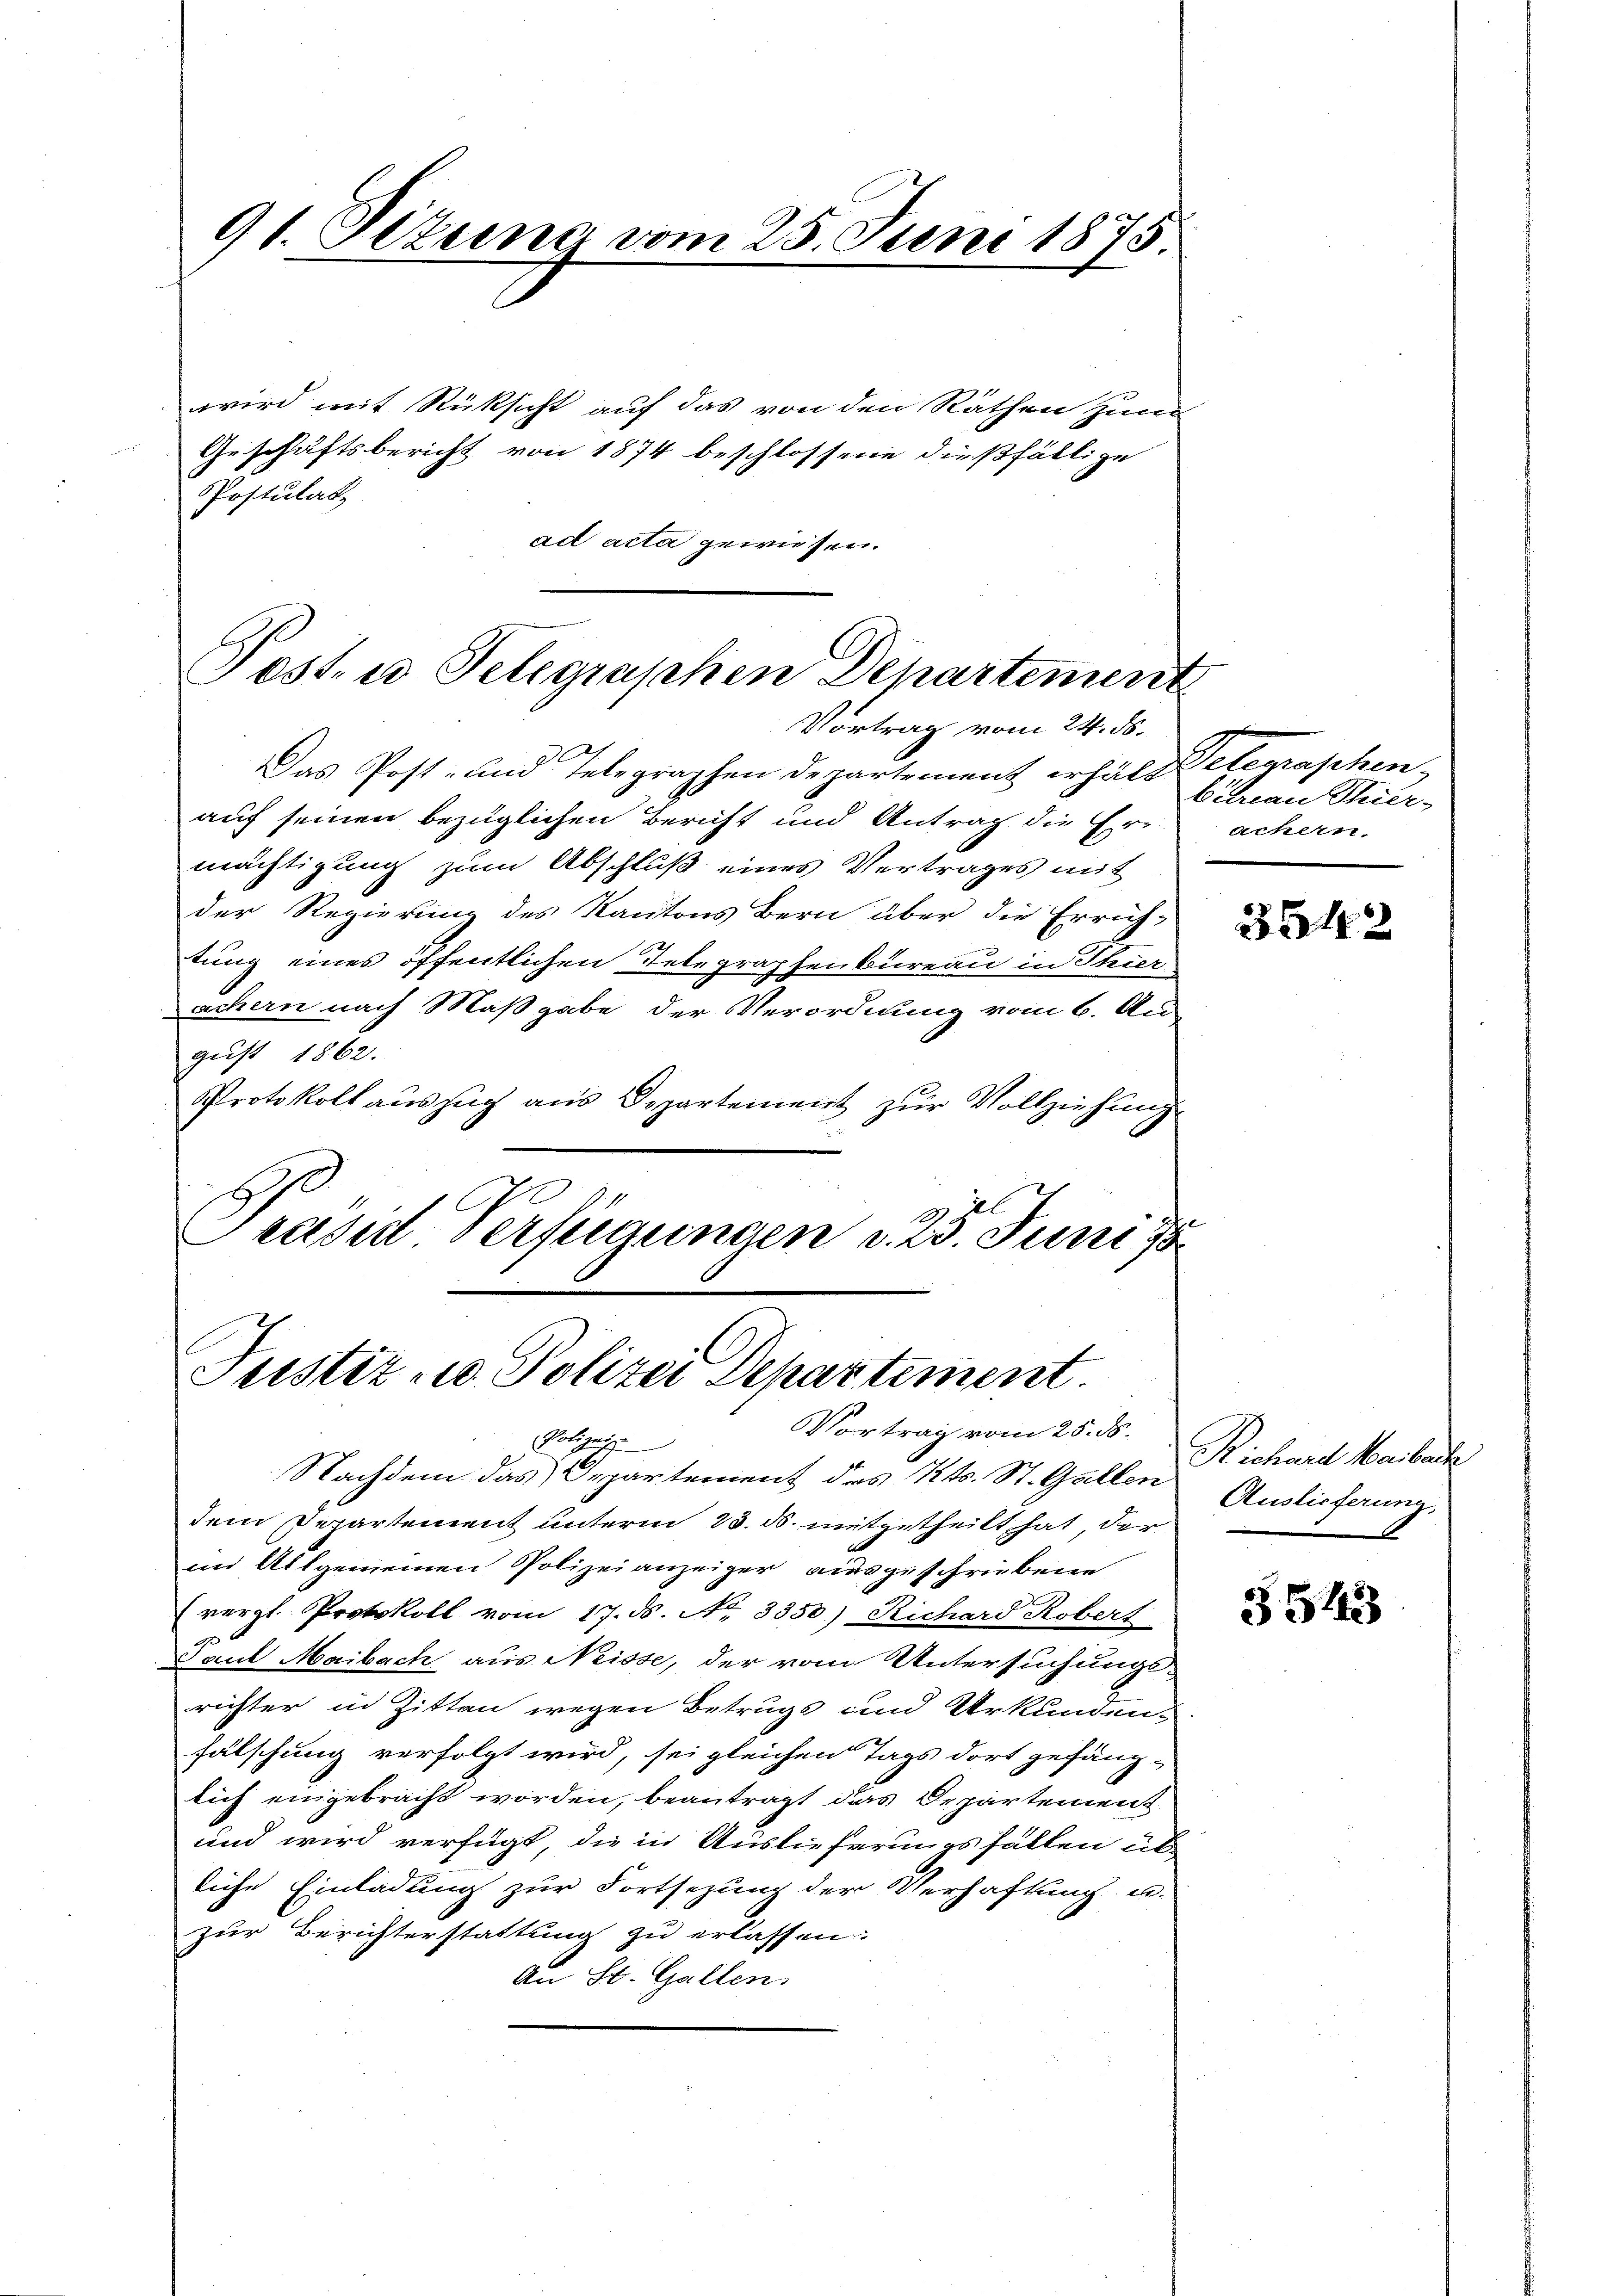
91. Setung vom 25. Juni 1875

wird mit Rüksicht auf das von den Räthen zum
Geschäftsbericht von 1874 beschlossene dießfällige
Postulat
ad acta gewiesen.

Post u. Telegraphen Departemen

Das Post- und Telegraphen Departement erhält Peterraschen
auf seinen bezüglichen Bericht und Antrag die Ermächtigung zum Abschluß eines Vertrages mit
der Regierung des Kantons Bern über die Errichtung eines öffentlichen Telegraphenbureau in Thier
Lachern nach Maßgabe der Verordnung vom 6. Au
gust 1862.
Protokoll auszug aus Departement zur Vollziehung
.
Präsid Verfügungen d. 23. Juni 18

Justiz- u. Polizei Departement.
Vortrag vom 25. ds.

Vortrag vom 24. d.

Polize
Nachdem das Departement des Kts. St. Gallen
dem Departement unterm 23. ds. mitgetheilt hat der
im Allgemeinen Polizeianzeiger ausgeschriebene
(vergl. Protokoll vom 17. ds. No. 3350.) Richard Robert
Paul Maibach aus Neisse, der vom Untersuchungs-
richter in Zitten wegen Betrugs und Urkunden-
fälschung verfolgt wird, sei gleichen Tags dort gefäng-
lich eingebracht worden, beantragt das Departement
und wird verfügt, die in Auslieferungsfällen üb
liche Einladung zur Fortsezung der Verhaftung u.
zur Berichterstattung zu erlassen.
An St. Gallen.

Baran Thierachern.

3542

Richard Marierte
Auslieferung.

354